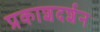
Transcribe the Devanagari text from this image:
प्रकाशदर्शन